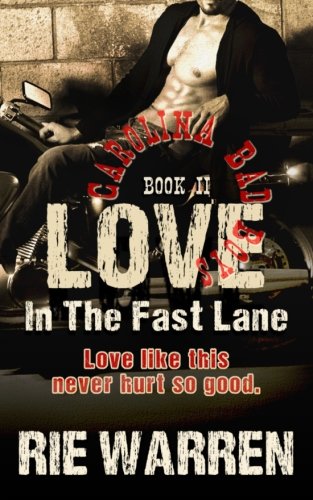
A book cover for Love: In The Fast Lane (Carolina Bad Boys) (Volume 2); Rie Warren; Romance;